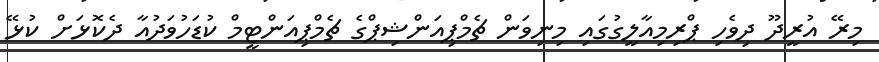
މިރޭ އުރީދޫ ދިވެހި ޕްރިމިއާލީގުގައި މިނިވަން ޗެމްޕިއަންޝިޕްގެ ޗެމްޕިއަންޓީމް ކުޑަހުވަދުއާ ދެކޮޅަށް ކުޅޭ